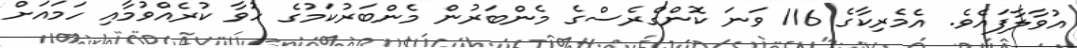
އުވާލާފައެވެ. އެމެރިކާގެ 116 ވަނަ ކޮންގްރެސްގެ މެންބަރުން މެންބަރުކަމުގެ ހުވާ ކުރެއްވުމާއި ހަމައަށް